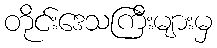
တိုင်းဒေသကြီးများမှ